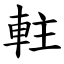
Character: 軴